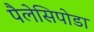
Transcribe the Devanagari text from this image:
पैलेसिपोडा